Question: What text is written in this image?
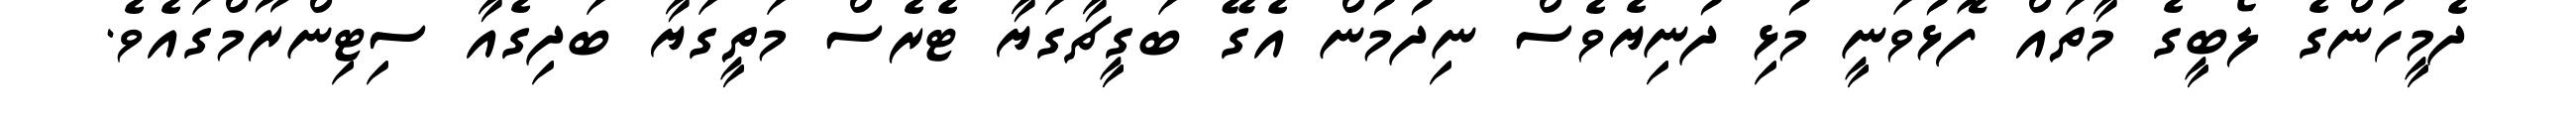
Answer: ދެމީހުންގެ ލޯބީގެ މާތައް ފޮޅުވަނީ މުޅި ދުނިޔެވެސް ނިދުމުން އެގޭ ބަގީޗާގަޔާ ޓެރެސް މަތީގަޔާ ބަދިގެއާ ސިޓިންރޫމްގައެވެ.